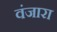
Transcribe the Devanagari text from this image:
वंजारा